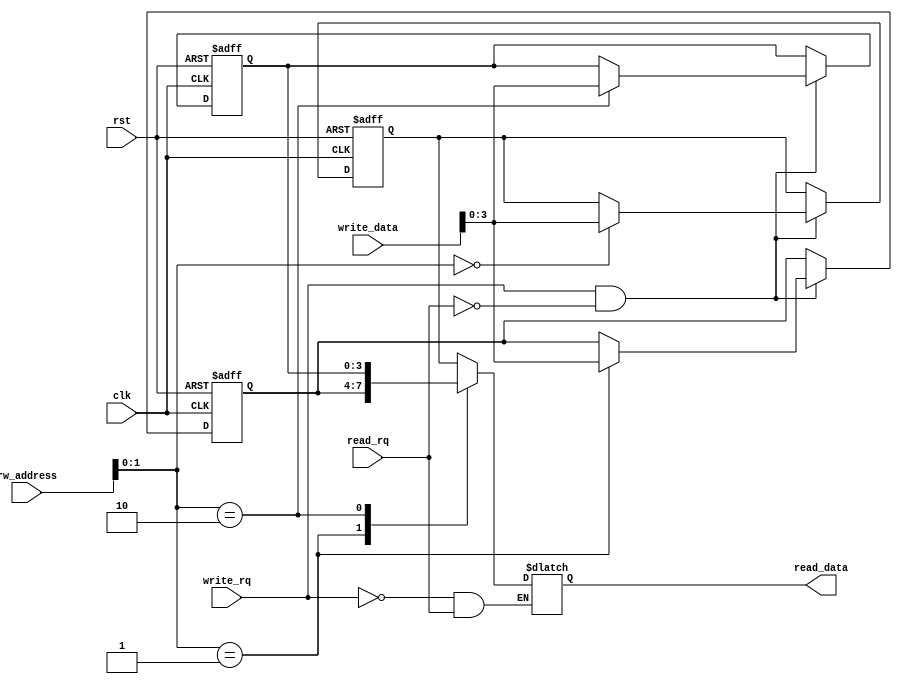
module mem_ram_sync(
    input clk,
    input rst,
    input read_rq,
    input write_rq,
    input[5:0] rw_address,
    input[5:0] write_data,
    output[3:0] read_data
);


reg[3:0]     read_data;

integer out, i;

// Declare memory 64x8 bits = 512 bits or 64 bytes
reg [3:0] memory_ram_d [2:0];
reg [3:0] memory_ram_q [2:0];

// Use positive edge of clock to read the memory
// Implement cyclic shift right
always @(posedge clk or negedge rst)
begin
    if (!rst)
    begin
        for (i=0;i<4; i=i+1)
            memory_ram_q[i] <= 0;
    end
    else
    begin
        for (i=0;i<4; i=i+1)
             memory_ram_q[i] <= memory_ram_d[i];
    end
end


always @(*)
begin
    for (i=0;i<4; i=i+1)
        memory_ram_d[i] = memory_ram_q[i];
    if (write_rq && !read_rq)
        memory_ram_d[rw_address] = write_data;
    if (!write_rq && read_rq)
        read_data = memory_ram_q[rw_address];
end
endmodule